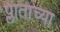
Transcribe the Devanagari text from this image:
प्लाताच्या